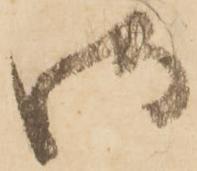
御